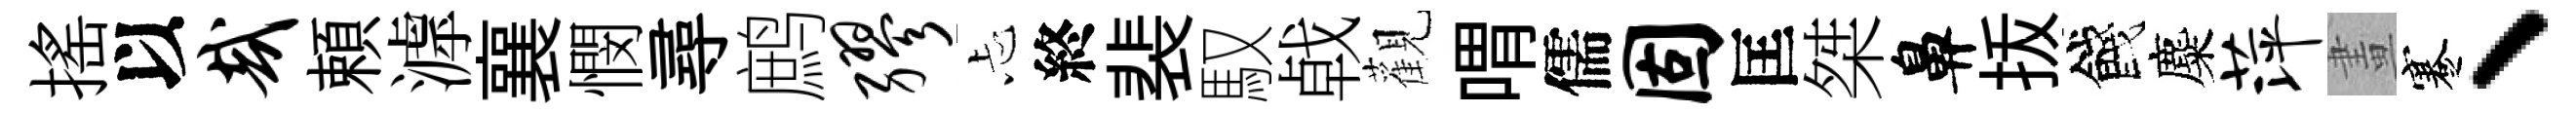
摇以哉頼滹襄憫尋鹧缪忐終裴馭㦸觀喟儒固匡桀鼻㧞餞麋萍畫蹇、